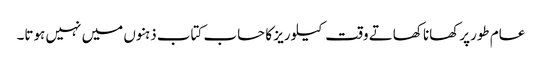
عام طورپرکھانا کھاتے وقت کیلوریز کا حساب کتاب ذہنوں میں نہیں ہوتا۔